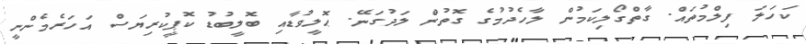
ކަހަލަ ފިލްމުތައް. ގާތްގޯލިކަމުން ލާހެދުމުގެ ގޮތުން ލަދުގަނޭ. ޙޮލީވުޑާއި ބޮލީބުޑު ކޮޕީކުރިޔަސް އަހަރެމެންނީ